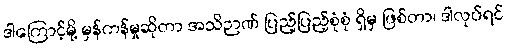
ဒါကြောင့်မို့ မှန်ကန်မှုဆိုတာ အသိဉာဏ် ပြည့်ပြည့်စုံစုံ ရှိမှ ဖြစ်တာ၊ ဒါလုပ်ရင်